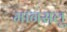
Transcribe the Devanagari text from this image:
मानसलु